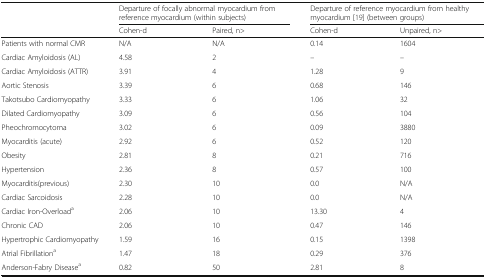
<table><thead><tr><td></td><td colspan="2"><b>Departure of focally abnormal myocardium from reference myocardium (within subjects)</b></td><td colspan="2"><b>Departure of reference myocardium from healthy myocardium [19] (between groups)</b></td></tr><tr><td></td><td><b>Cohen-d</b></td><td><b>Paired, n&gt;</b></td><td><b>Cohen-d</b></td><td><b>Unpaired, n&gt;</b></td></tr></thead><tbody><tr><td>Patients with normal CMR</td><td>N/A</td><td>N/A</td><td>0.14</td><td>1604</td></tr><tr><td>Cardiac Amyloidosis (AL)</td><td>4.58</td><td>2</td><td>–</td><td>–</td></tr><tr><td>Cardiac Amyloidosis (ATTR)</td><td>3.91</td><td>4</td><td>1.28</td><td>9</td></tr><tr><td>Aortic Stenosis</td><td>3.39</td><td>6</td><td>0.68</td><td>146</td></tr><tr><td>Takotsubo Cardiomyopathy</td><td>3.33</td><td>6</td><td>1.06</td><td>32</td></tr><tr><td>Dilated Cardiomyopathy</td><td>3.09</td><td>6</td><td>0.56</td><td>104</td></tr><tr><td>Pheochromocytoma</td><td>3.02</td><td>6</td><td>0.09</td><td>3880</td></tr><tr><td>Myocarditis (acute)</td><td>2.92</td><td>6</td><td>0.52</td><td>120</td></tr><tr><td>Obesity</td><td>2.81</td><td>8</td><td>0.21</td><td>716</td></tr><tr><td>Hypertension</td><td>2.36</td><td>8</td><td>0.57</td><td>100</td></tr><tr><td>Myocarditis(previous)</td><td>2.30</td><td>10</td><td>0.0</td><td>N/A</td></tr><tr><td>Cardiac Sarcoidosis</td><td>2.28</td><td>10</td><td>0.0</td><td>N/A</td></tr><tr><td>Cardiac Iron-Overload<sup>a</sup></td><td>2.06</td><td>10</td><td>13.30</td><td>4</td></tr><tr><td>Chronic CAD</td><td>2.06</td><td>10</td><td>0.47</td><td>146</td></tr><tr><td>Hypertrophic Cardiomyopathy</td><td>1.59</td><td>16</td><td>0.15</td><td>1398</td></tr><tr><td>Atrial Fibrillation<sup>a</sup></td><td>1.47</td><td>18</td><td>0.29</td><td>376</td></tr><tr><td>Anderson-Fabry Disease<sup>a</sup></td><td>0.82</td><td>50</td><td>2.81</td><td>8</td></tr></tbody></table>